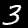
Label: 3